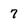
Character: 7